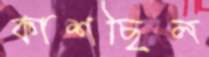
কাশছিল